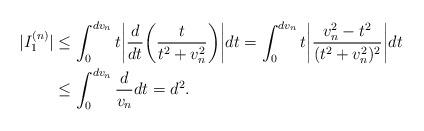
LaTeX: \begin{align*}\vert I_1^{(n)}\vert&\leq \int_{0}^{dv_n}t\bigg\vert \frac{d}{dt}\bigg(\frac{t}{t^2+v_n^2}\bigg)\bigg\vert dt=\int_{0}^{dv_n}t\bigg\vert \frac{v_n^2-t^2}{(t^2+v_n^2)^2}\bigg\vert dt\\&\leq \int_{0}^{dv_n} \frac{d}{v_n} dt=d^2.\end{align*}